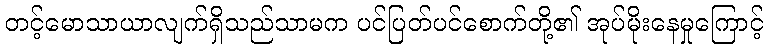
တင့်မောသာယာလျက်ရှိသည်သာမက ပင်ပြတ်ပင်စောက်တို့၏ အုပ်မိုးနေမှုကြောင့်